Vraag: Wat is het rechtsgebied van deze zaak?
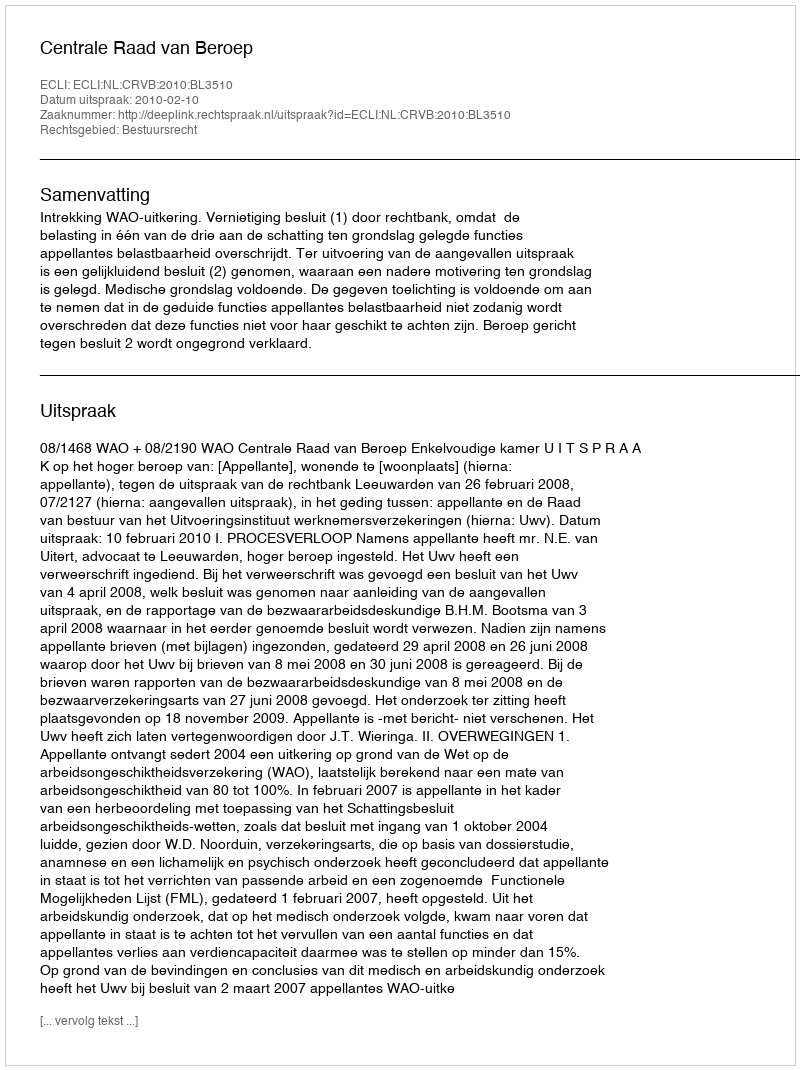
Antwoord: Bestuursrecht